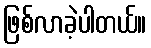
ဖြစ်လာခဲ့ပါတယ်။